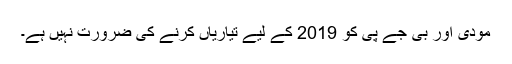
مودی اور بی جے پی کو 2019 کے لیے تیاریاں کرنے کی ضرورت نہیں ہے۔